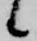
候